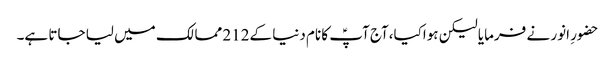
حضورِ انور نے فرمایا لیکن ہواکیا،آج آپؑ کا نام دنیا کے212 ممالک میں لیا جاتا ہے۔